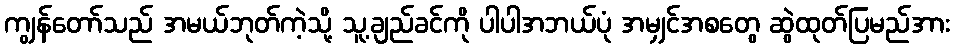
ကျွန်တော်သည် အမယ်ဘုတ်ကဲ့သို့ သူ့ချည်ခင်ကို ပါပါအဘယ်ပုံ အမျှင်အစတွေ ဆွဲထုတ်ပြမည်အား